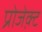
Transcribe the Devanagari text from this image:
प्रोजेक़्ट